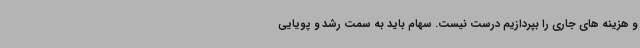
و هزینه های جاری را بپردازیم درست نیست. سهام باید به سمت رشد و پویایی